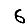
Digit: 6